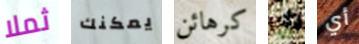
ثملا يمكنك كرهائن اى أي